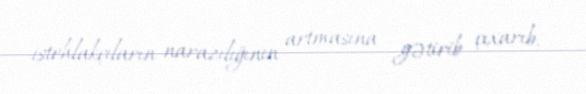
istehlakçıların narazılığının artmasına gətirib çıxarıb.